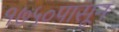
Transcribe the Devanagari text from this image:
१७५०पासून